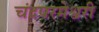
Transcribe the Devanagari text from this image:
चंद्रपरमेश्वरी